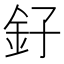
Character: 釨